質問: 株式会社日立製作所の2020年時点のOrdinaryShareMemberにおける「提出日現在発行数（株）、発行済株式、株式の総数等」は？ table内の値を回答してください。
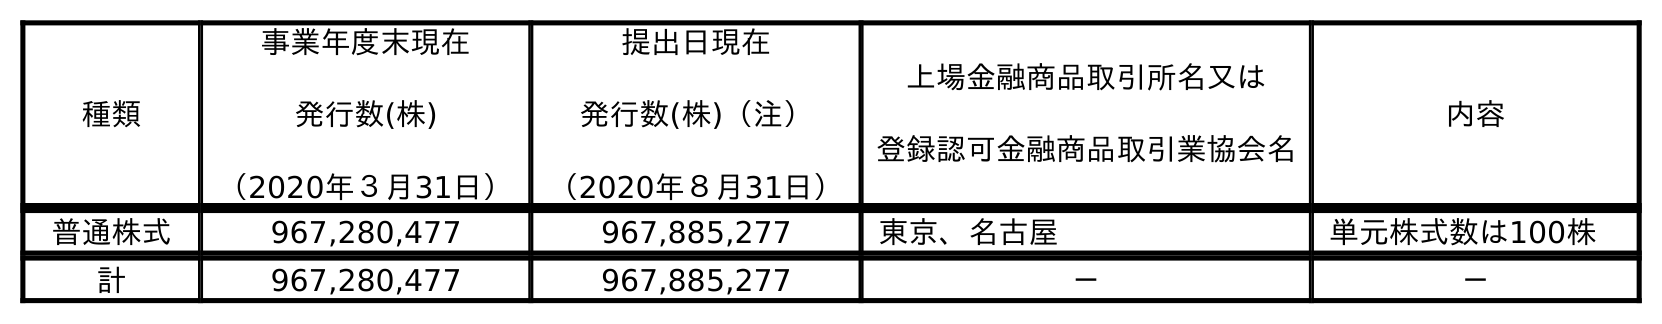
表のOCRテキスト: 種類 事業年度末現在 発行数(株) （2020年３月31日） 提出日現在 発行数(株)（注） （2020年８月31日） 上場金融商品取引所名又は 登録認可金融商品取引業協会名 内容 普通株式 967,280,477 967,885,277 東京、名古屋 単元株式数は100株 計 967,280,477 967,885,277 － －
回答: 967,885,277